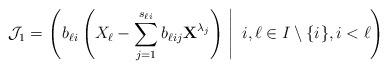
LaTeX: \begin{align*}\mathcal J_1=\left(\left.b_{\ell i}\left(X_\ell-\sum\limits_{j=1}^{s_{\ell i}}b_{\ell ij}{\textbf{X}}^{\lambda_j}\right)\ \right|\ i,\ell\in I\setminus\{i_{}\},i<\ell\right)\end{align*}